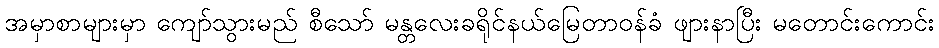
အမှာစာများမှာ ကျော်သွားမည် စီသော် မန္တလေးခရိုင်နယ်မြေတာဝန်ခံ ဖျားနာပြီး မတောင်းကောင်း